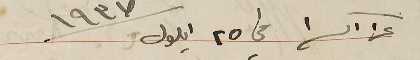
عن اكرا في ٢٥ ايلول سنة ١٩٣٧